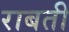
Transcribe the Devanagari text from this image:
राबती